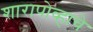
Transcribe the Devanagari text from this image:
शारापोव्हाचे